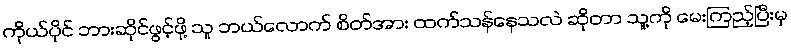
ကိုယ်ပိုင် ဘားဆိုင်ဖွင့်ဖို့ သူ ဘယ်လောက် စိတ်အား ထက်သန်နေသလဲ ဆိုတာ သူ့ကို မေးကြည့်ပြီးမှ